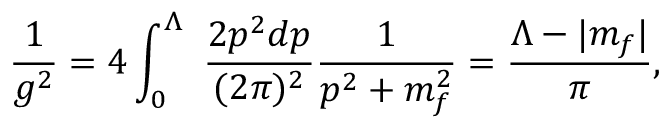
{ \frac { 1 } { g ^ { 2 } } } = 4 \int _ { 0 } ^ { \Lambda } ~ { \frac { 2 p ^ { 2 } d p } { ( 2 \pi ) ^ { 2 } } } { \frac { 1 } { p ^ { 2 } + m _ { f } ^ { 2 } } } = \frac { \Lambda - | m _ { f } | } { \pi } ,